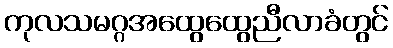
ကုလသမဂ္ဂအထွေထွေညီလာခံတွင်